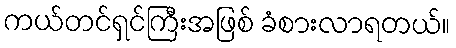
ကယ်တင်ရှင်ကြီးအဖြစ် ခံစားလာရတယ်။